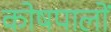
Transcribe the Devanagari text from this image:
कोषपालों